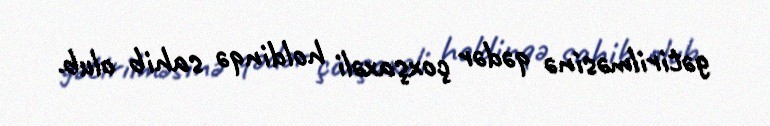
gətirilməsinə qədər çoxşaxəli holdinqə sahib olub.